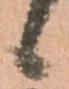
候